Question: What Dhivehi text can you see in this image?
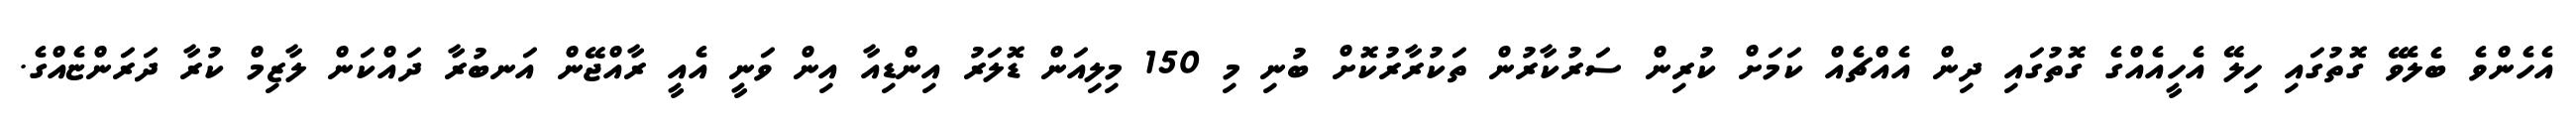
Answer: އެހެންވެ ބެލެވޭ ގޮތުގައި ހިލޭ އެހީއެއްގެ ގޮތުގައި ދިން އެއްޗެއް ކަމަށް ކުރިން ސަރުކާރުން ތަކުރާރުކޮށް ބުނި މި 150 މިލިއަން ޑޮލަރު އިންޑިއާ އިން ވަނީ އެއީ ރާއްޖޭން އަނބުރާ ދައްކަން ލާޒިމް ކުރާ ދަރަންޏެއްގެ.